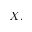
X .